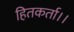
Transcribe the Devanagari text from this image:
हितकर्ता।।